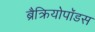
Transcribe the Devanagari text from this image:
ब्रैक्रियोपॉडस